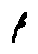
\beta